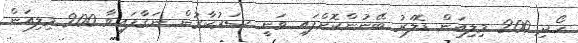
ހޯދި 200 މިލިއަން ޑޮލަރު ބޭނުންކޮށްފައި ވަނީ ސަރުކާރުން ނަގާފައިވާ 200 މިލިއަން